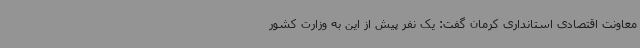
معاونت اقتصادی استانداری کرمان گفت: یک نفر پیش از این به وزارت کشور